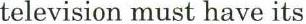
television must have its